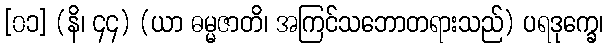
[၀၁] (နိ၊ ၄၄) (ယာ ဓမ္မဇာတိ၊ အကြင်သဘောတရားသည်) ပရဒုက္ခေ၊